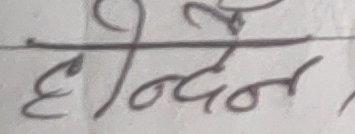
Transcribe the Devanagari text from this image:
एन्दन